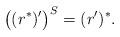
LaTeX: \begin{align*}\bigl((r^*)'\bigr)^S=(r')^*.\end{align*}